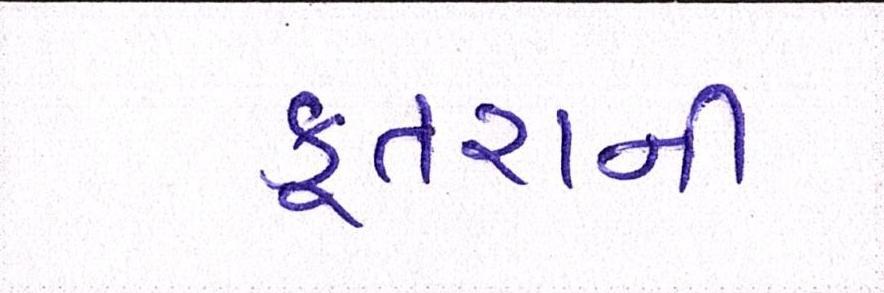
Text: કૂતરાની